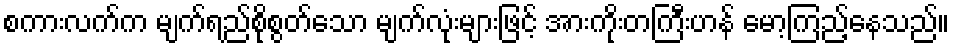
စကားလက်က မျက်ရည်စိုစွတ်သော မျက်လုံးများဖြင့် အားကိုးတကြီးဟန် မော့ကြည့်နေသည်။